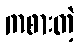
ကစားတဲ့